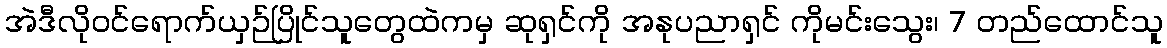
အဲဒီလိုဝင်ရောက်ယှဉ်ပြိုင်သူတွေထဲကမှ ဆုရှင်ကို အနုပညာရှင် ကိုမင်းသွေး၊ 7 တည်ထောင်သူ